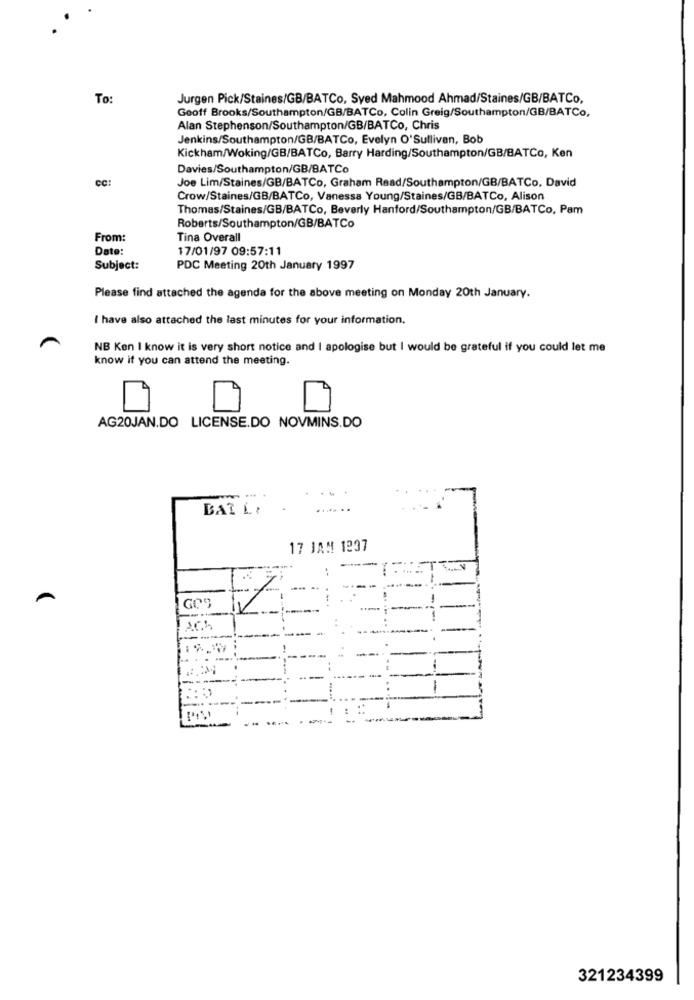
To:
Jurgen Pick/Staines/GB/BATCo, Syed Mahmood Ahmad/Staines/GB/BATCo,
Geoff Brooks/Southampton/GB/BATCo, Colin Greig/Southampton/GB/BATCo,
Alan Stephenson/Southampton/GB/BATCo, Chris
Jenkins/Southampton/GB/BATCo, Evelyn O'Sullivan, Bob
Kickham/Woking/GB/BATCo, Barry Harding/Southampton/GB/BATCo, Ken
Davies/Southampton/GB/BATCo
CC:
Joe Lim/Staines/GB/BATCo, Graham Read/Southampton/GB/BATCo, David
Crow/Staines/GB/BATCo, Vanessa Young/Staines/GB/BATCo, Alison
Thomas/Staines/GB/BATCo, Beverly Hanford/Southampton/GB/BATCo, Pam
Roberts/Southampton/GB/BATCo
From:
Tina Overall
Date:
17/01/97 09:57:11
Subject:
PDC Meeting 20th January 1997
Please find attached the agenda for the above meeting on Monday 20th January.
I have also attached the last minutes for your information.
NB Ken I know it is very short notice and I apologise but I would be grateful if you could let me
know if you can attend the meeting.
AG20JAN.DO LICENSE.DO NOVMINS.DO
BA? LI
17 JAN 1237
-
---
----
----
321234399